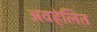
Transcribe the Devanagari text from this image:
अवहेलित